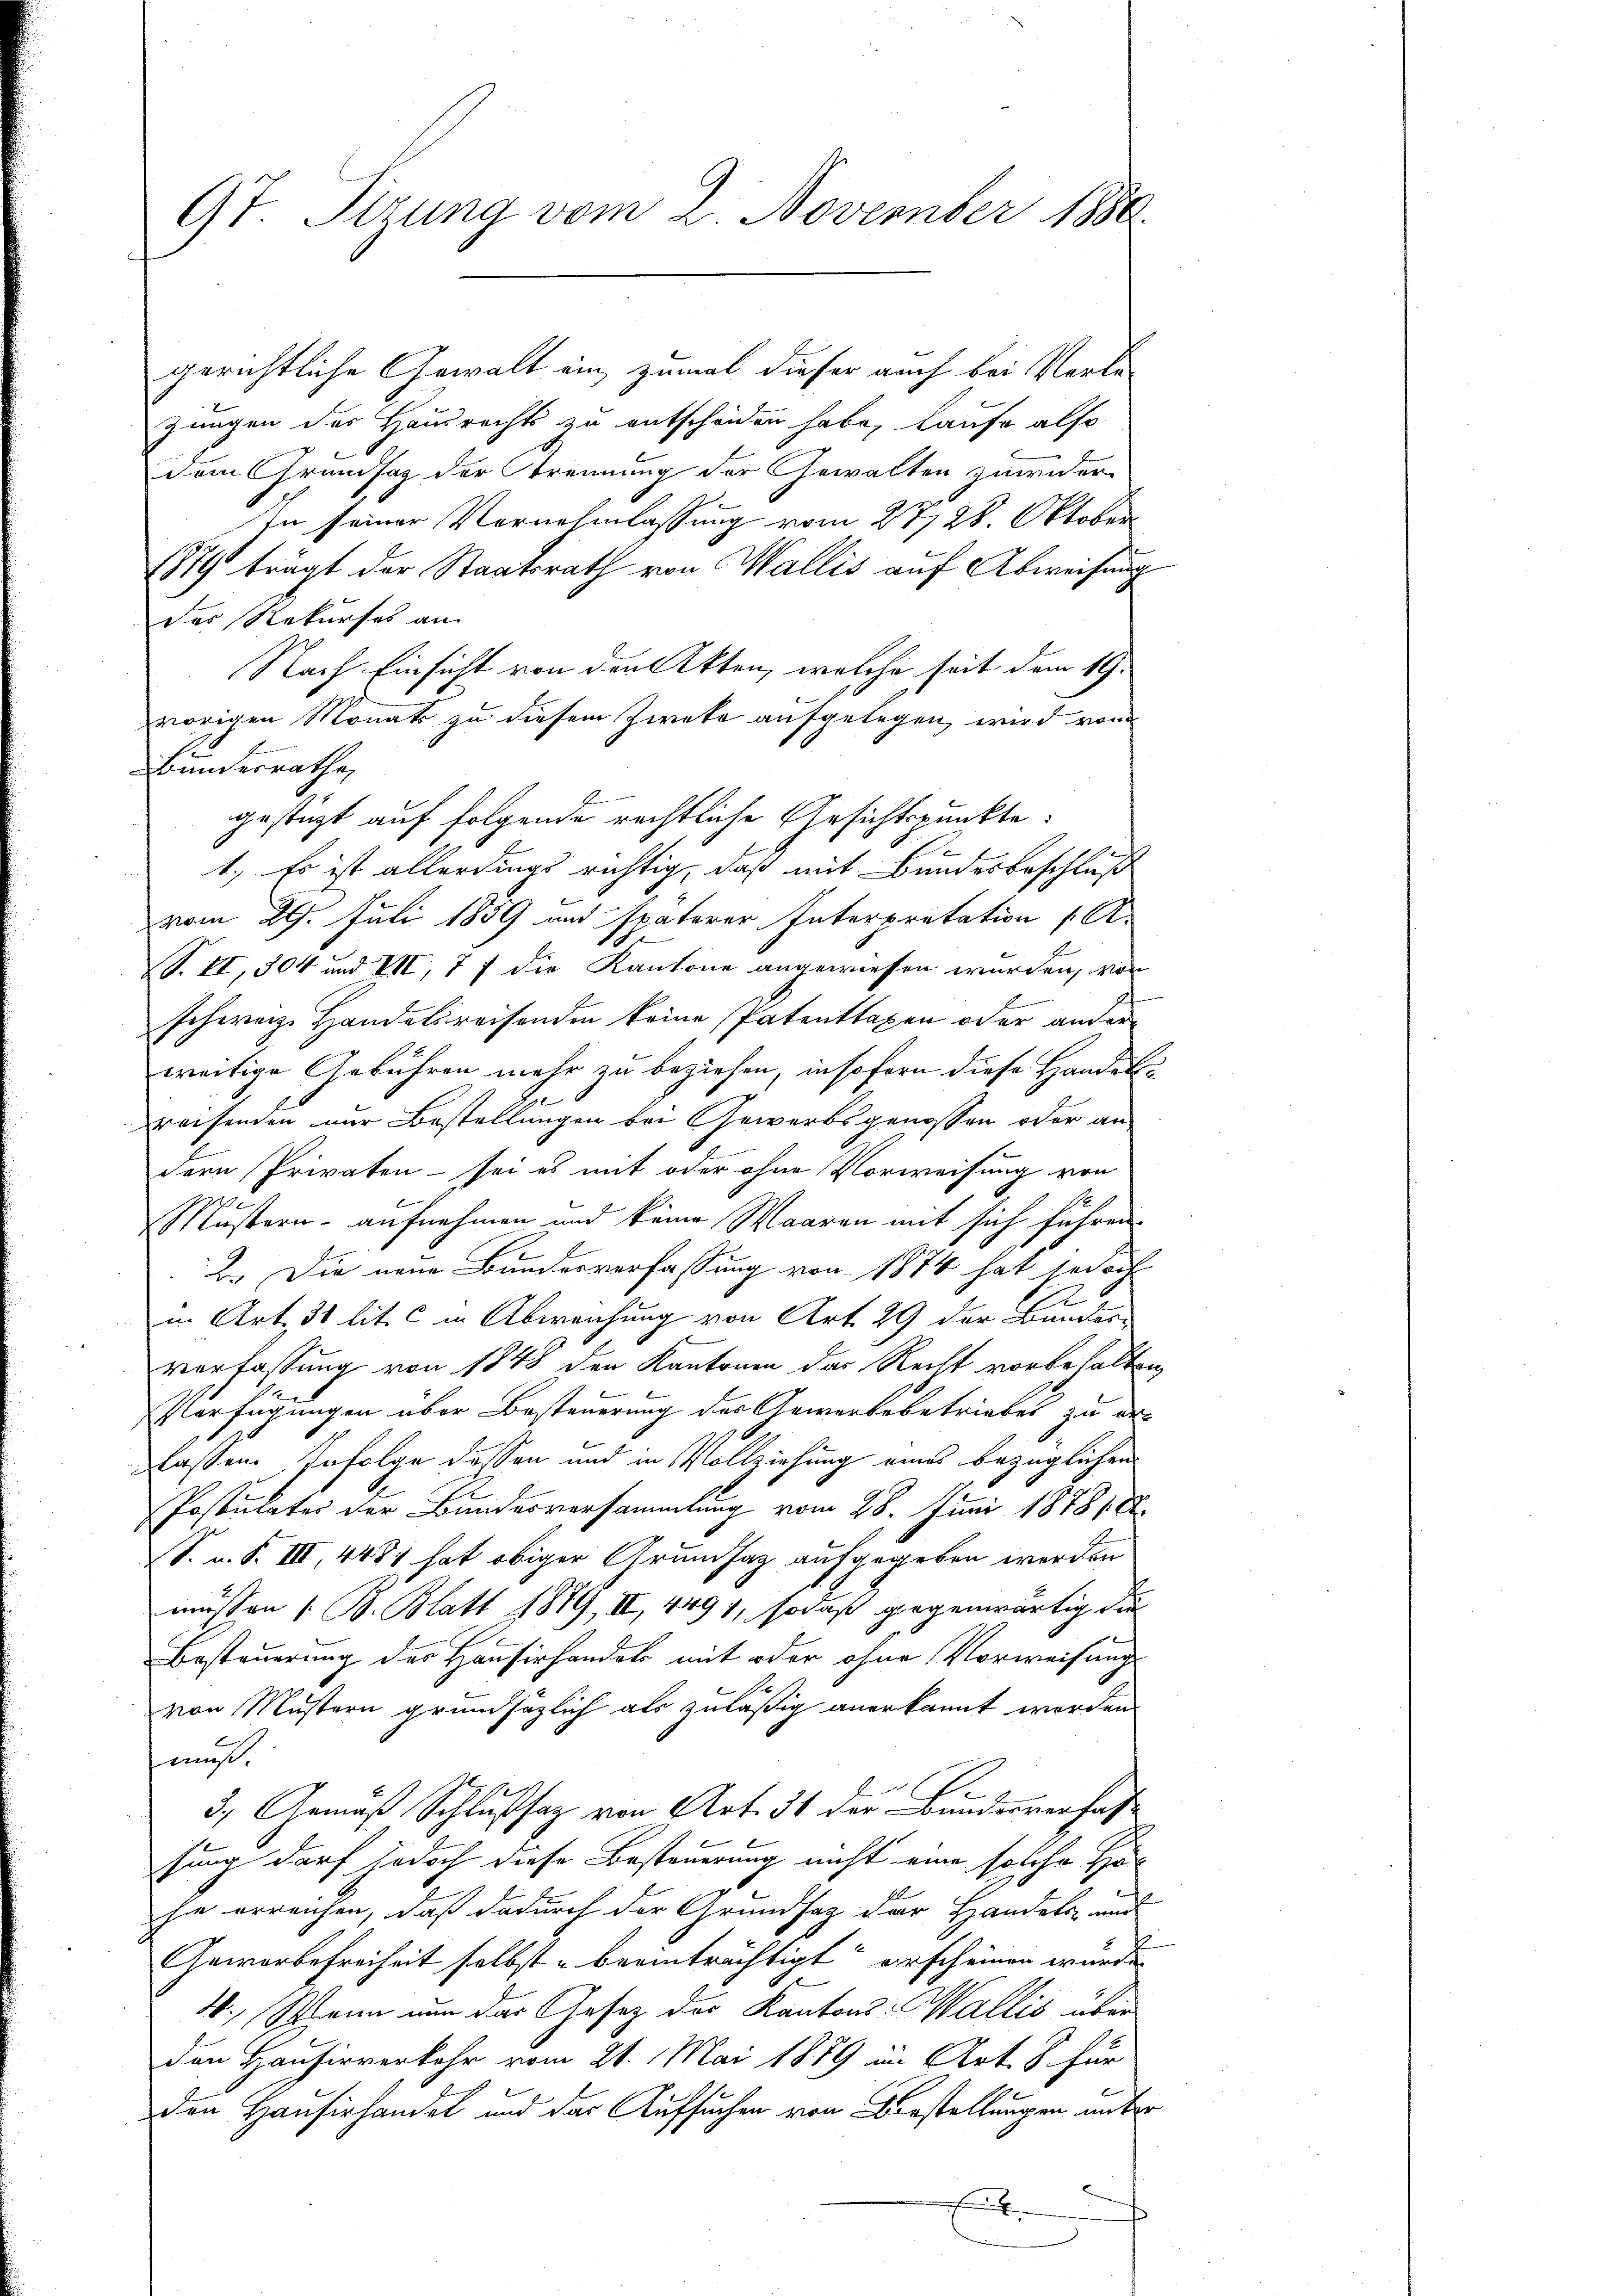
9t. Sirung vom 2. November 1880

gerichtliche Gewalt ein, zumal dieser auch bei Verlezungen des Hausrechts zu entscheiden habe, laufe also
dem Grundsaz der Trennung der Gewalten zuwider
In seiner Vornahmlassung vom 27. 28. Oktober
1879 trägt der Staatsrath von Wallis auf Abweisung
des Rekurses an
Nach Einsicht von den Akten, welche seit dem 19.
vorigen Monats zu diesem Zwete aufgelegen, wird von
Bundesrathe,
gestüzt auf folgende rechtliche Gesichtspunkte:
1.) Es ist allerdings richtig, daß mit Bundesbeschluß
vom 29. Juli 1859 und späterer Interpretation (A
VS. II, 304 und VII, 7 f die Kantone angewiesen wurden, von
.
schweiz Handelsreisenden keine Patenttaxen oder ander
weitige Gebühren mehr zu beziehen, insofern diese Handelsreisenden nur Bestellungen bei Gewerbsgenossen oder an
dern Privaten - sei es mit oder ohne Vorweisung von
Mustern - aufnehmen und keine Waaren mit sich führen.
b. Die neue Bundesverfassung von 1874 hat jedoch
in Art. 31 lit. c in Abweichung von Art. 29 der Bunder
verfassung von 1848 den Kantonen das Recht vorbehalten,
Verfügungen über Besteuerung des Gewerbsbetriebes zu er-
lassen. Infolge dessen und in Vollziehung eines bezüglichen
Postulates der Bundesversammlung vom 28. Juni 1878 188
S. n. F. III, 4484 hat obiger Grundsaz aufgegeben werden
müssen 1. B. Blatt 1819, II, 4491, sodaß gegenwärtig die
Besteuerung des Hausirhandels mit oder ohne Vorweisung
von Mustern grundsätzlich als zuläßig anerkannt worden.
mus.
3., Gemäß Schlußsaz von Art. 31 der Bundesverfass
sung darf jedoch diese Besteuerung nicht eine solche Hö
hie erreichen, daß dadurch der Grundsatz der Handels und
Gewerbefreiheit selbst beeinträchtigt erscheinen wurde
e
4. Wenn nun das Gesetz des Kantons- Wallis über
Den Hausirverkehr vom 21. Mai 1889 im Art. 8. Für
den Hausirhandel und das Aufsuchen von Vorstellungen unter
m
f